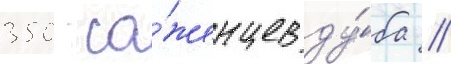
350 са́женцев ду́ба //